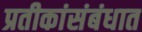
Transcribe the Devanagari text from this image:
प्रतीकांसंबंधात